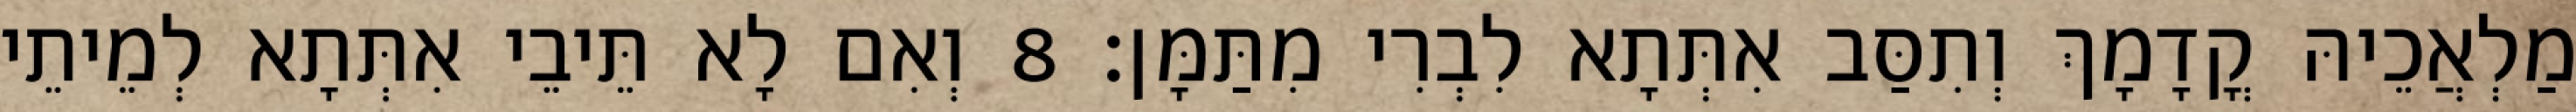
מַלְאֲכֵיהּ קֳדָמָךְ וְתִסַּב אִתְּתָא לִבְרִי מִתַּמָּן׃ 8 וְאִם לָא תֵּיבֵי אִתְּתָא לְמֵיתֵי